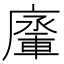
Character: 𨍗